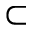
\subset